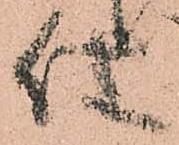
仕